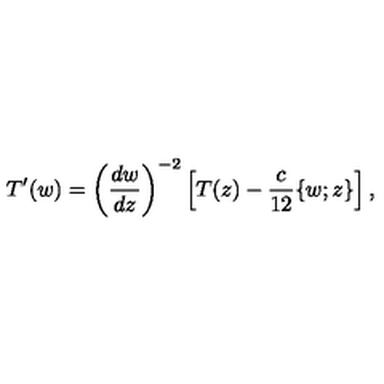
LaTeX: T ^ { \prime } ( w ) = \left( \frac { d w } { d z } \right) ^ { - 2 } \left[ T ( z ) - \frac { c } { 1 2 } \{ w ; z \} \right] ,